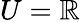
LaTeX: U=\mathbb{R}